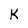
Character: K